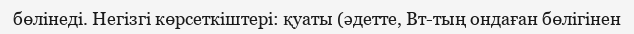
бөлінеді. Негізгі көрсеткіштері: қуаты (әдетте, Вт-тың ондаған бөлігінен